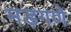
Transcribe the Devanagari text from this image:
मड़गणे